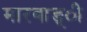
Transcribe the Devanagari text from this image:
मारवाङ्ी